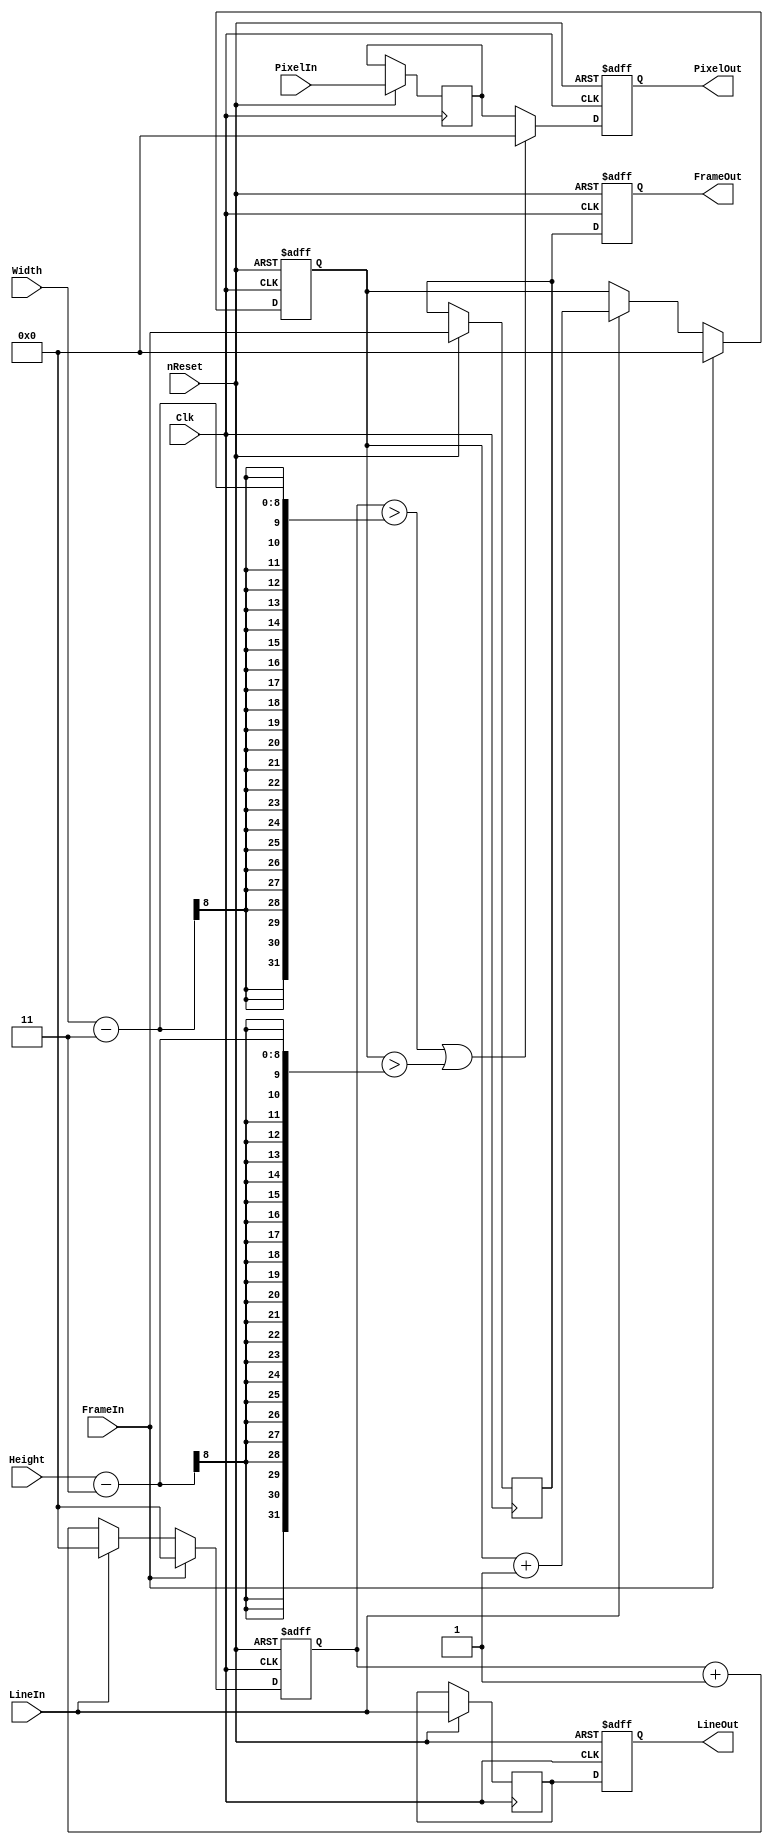
module Resize(
	input wire			nReset,                                                      // Common to all
	input wire			Clk,     
	input wire 	[7:0]	PixelIn,
	input wire			FrameIn,
	input wire			LineIn,
	input wire	[7:0]	Width,
	input wire	[7:0]	Height,
	output reg	[7:0]	PixelOut,
	output reg			FrameOut,
	output reg			LineOut
);
		
	reg [7:0]	x;
	reg [7:0]	y;

	reg [7:0]	BuffPixel;
	reg			BuffFrame;
	reg			BuffLine;
		
	always @ (posedge Clk  or negedge nReset) begin
		if(!nReset) begin
			x <= 0;
			y <= 0;
		end else begin
			if(FrameIn) begin
				x <= 0;
				y <= 0;
			end else begin
				if(LineIn) begin
					x <= 0;	
					y <= y + 1;
				end else begin
					x <= x + 1;
				end
			end
		end
	end


	always @ (posedge Clk or negedge nReset) begin
		if(!nReset) begin
			PixelOut <= 0;
			FrameOut <= 0;
			LineOut <= 0;		
		end else begin		
			// Buffer to sync up coordinates	
			BuffPixel <= PixelIn;
			BuffFrame <= FrameIn;
			BuffLine <= LineIn;

			// Put remove pixel that are nonsense
			if(	(x > Width-3) | (y > Height-3))		
				PixelOut <= 8'h00;
			else 									
				PixelOut <= BuffPixel;
			FrameOut <= BuffFrame;
			LineOut <= BuffLine;	
		end
	end
endmodule